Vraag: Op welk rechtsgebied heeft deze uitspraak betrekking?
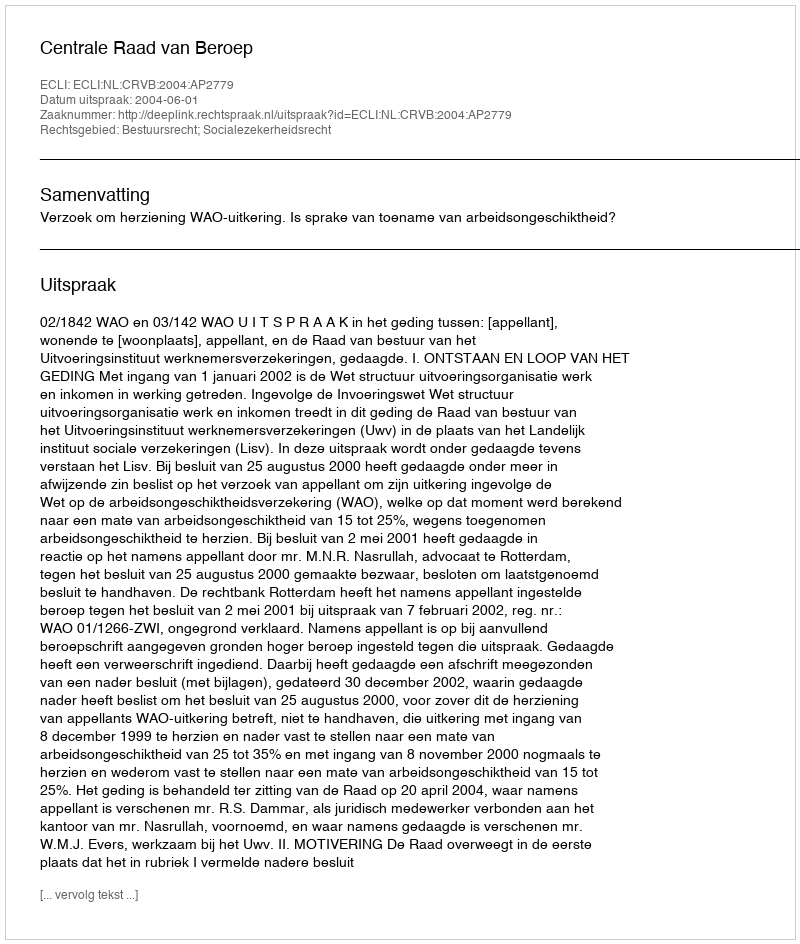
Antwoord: Bestuursrecht; Socialezekerheidsrecht